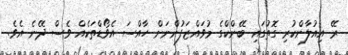
ރޭ އިއުލާންކުރި ގޮތުގައި ބޭންކްގެ މުވައްޒަފުންނަށް ހާއްސަ އެވޯޑްތަކެއް ވެސް ދޭނެ އެވެ.